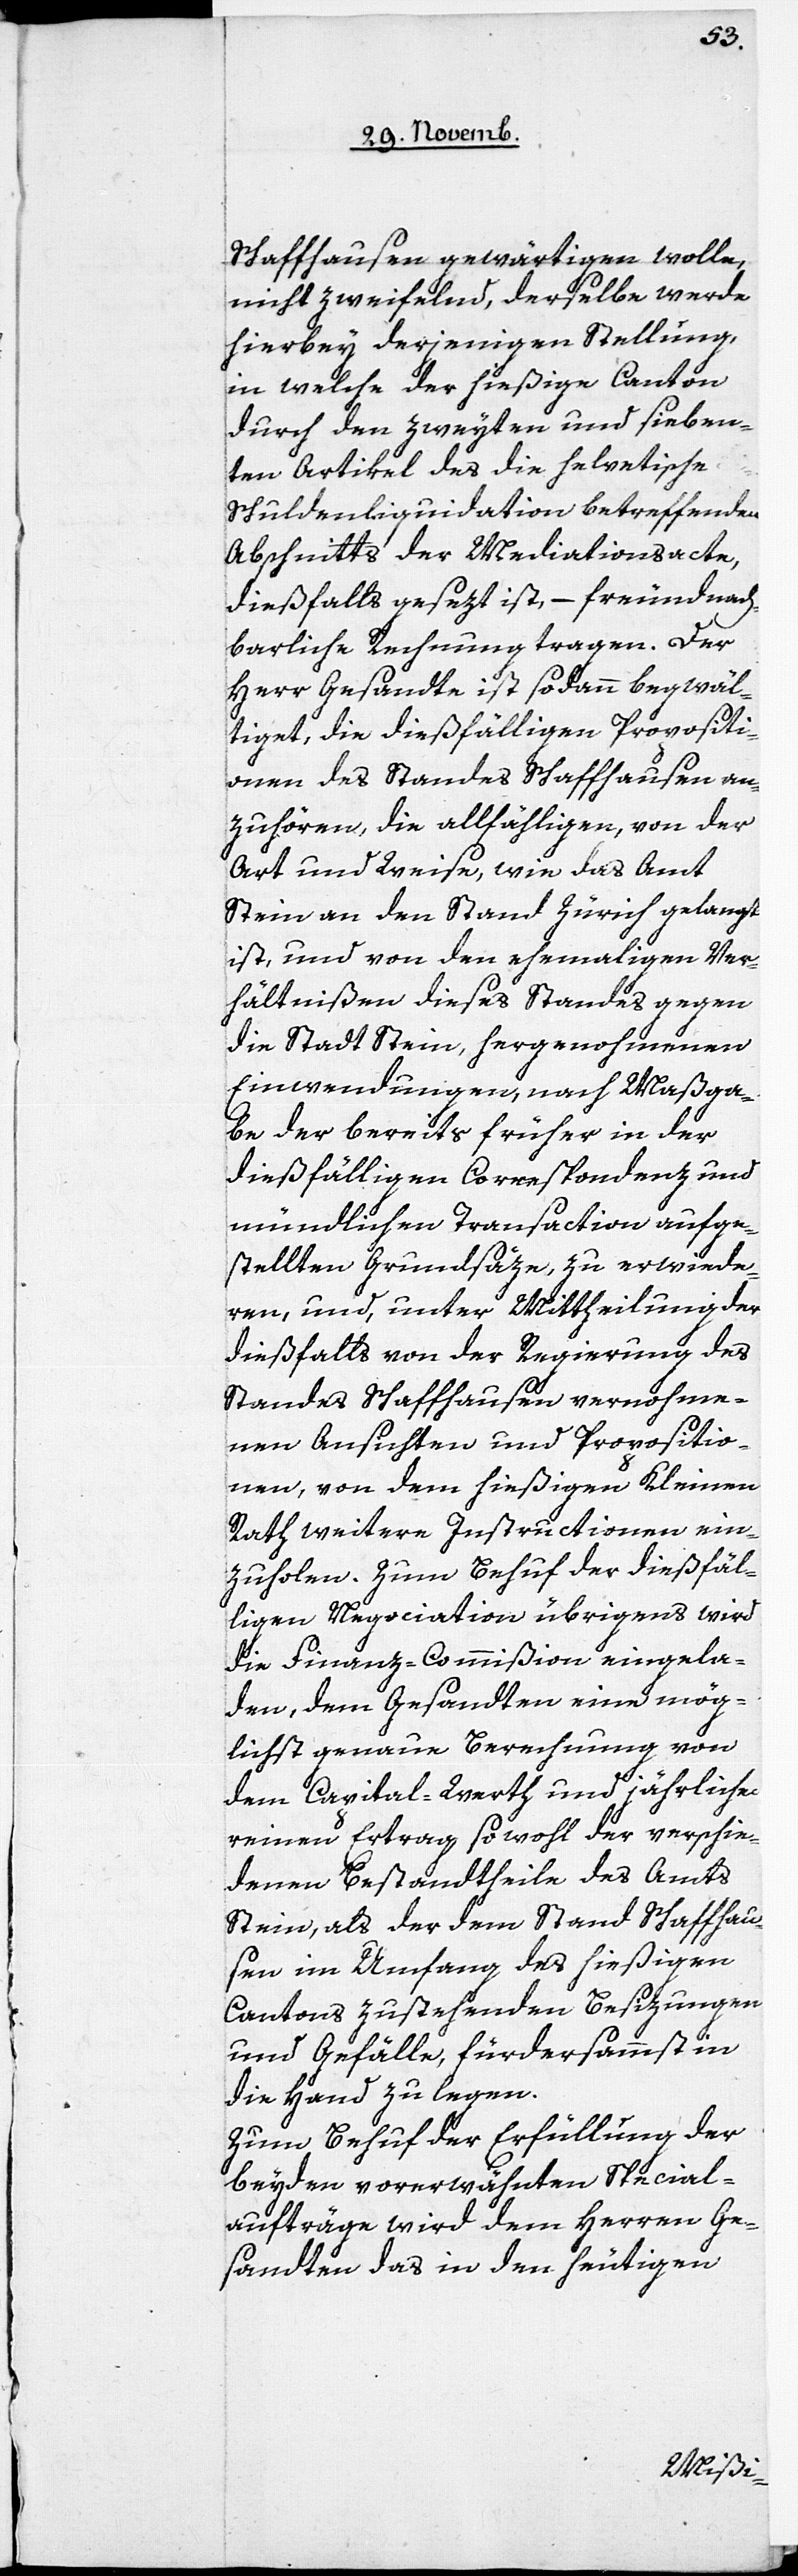
Schaffhausen gewärtigen wolle,
nicht zweifelnd, derselbe werde
hierbey derjenigen Stellung,
in welche der hießige Canton
durch den zweyten und sieben¬
ten Artikel des die helvetische
Schuldenliquidation betreffenden
Abschnitts der Mediationsacte,
dießfalls gesezt ist, – freundnach¬
barliche Rechnung tragen. Der
Herr Gesandte ist sodann begwäl¬
tiget, die dießfälligen Propositi¬
onen des Standes Schaffhausen an¬
zuhören, die allfähligen, von der
Art und Weise, wie das Amt
Stein an den Stand Zürich gelangt
ist, und von den ehemahligen Ver¬
hältnißen dieses Standes gegen
die Stadt Stein, hergenohmenen
Einwendungen, nach Maßga¬
be der bereits früher in der
dießfälligen Correspondenz und
mündlichen Transaction aufge¬
stellten Grundsäze, zu erwide¬
ren, und, unter Mittheilung der
dießfalls von der Regierung des
Standes Schaffhausen vernohme¬
nen Ansichten und Propositio¬
nen, von dem hießigen Kleinen
Rath weitere Instructionen ein¬
zuholen. Zum Behuf der dießfäl¬
ligen Negociation übrigens wird
die Finanz-Commißion eingela¬
den, dem Gesandten eine mög¬
lichst genaue Berechnung von
dem Capital-Werth und und jährlichem
reinen Ertrag sowohl der verschie¬
denen Bestandtheile des Amts
Stein, als der dem Stand Schaffhau¬
sen im Umfang des hießigen
Cantons zustehenden Besizungen
und Gefälle, fürdersammst in
die Hand zu legen.
Zum Behuf der Erfüllung der
beyden vorerwähnten Special¬
aufträge wird dem Herren Ge¬
sandten das in den heutigen